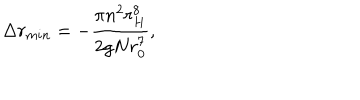
\Delta r _ { m i n } = - \frac { \pi n ^ { 2 } r _ { H } ^ { 8 } } { 2 g N r _ { 0 } ^ { 7 } } ,